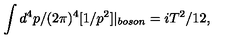
\int d ^ { 4 } p / ( 2 \pi ) ^ { 4 } [ 1 / p ^ { 2 } ] | _ { b o s o n } = i T ^ { 2 } / 1 2 ,